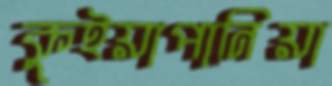
কুইয়াপানিয়া